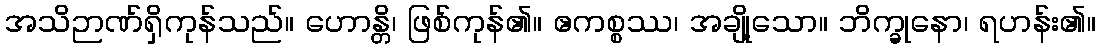
အသိဉာဏ်ရှိကုန်သည်။ ဟောန္တိ၊ ဖြစ်ကုန်၏။ ဧကစ္စဿ၊ အချို့သော။ ဘိက္ခုနော၊ ရဟန်း၏။